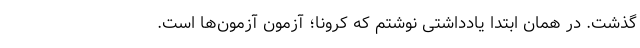
گذشت. در همان ابتدا یادداشتی نوشتم که کرونا؛ آزمونِ آزمون‌ها است.